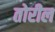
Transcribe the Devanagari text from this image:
तोरील